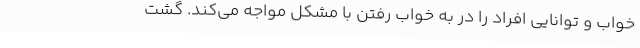
خواب و توانایی افراد را در به خواب رفتن با مشکل مواجه می‌کند. گشت